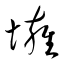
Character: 壅